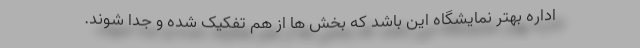
اداره بهتر نمایشگاه این باشد که بخش ها از هم تفکیک شده و جدا شوند.